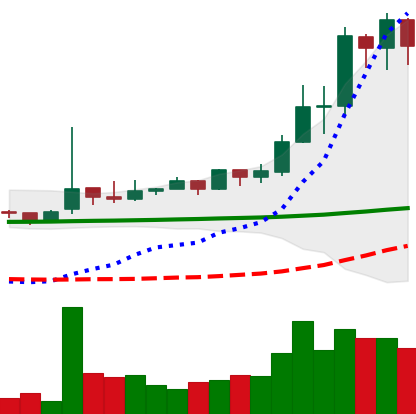
Ticker: TRX-USD
Chart end date: 2021-02-14
Forward return: 9.877%
Label: up_7plus